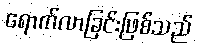
ရောက်လာခြင်းဖြစ်သည်